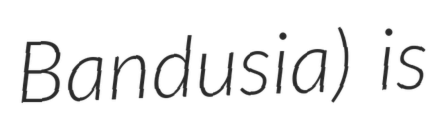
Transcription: Bandusia) is